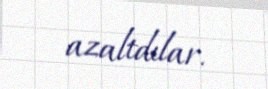
azaltdılar.